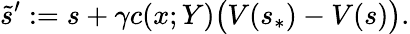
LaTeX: \tilde{s}^{\prime}:=s+\gamma c(x;Y)\bigl(V(s_{\ast})-V(s)\bigr).